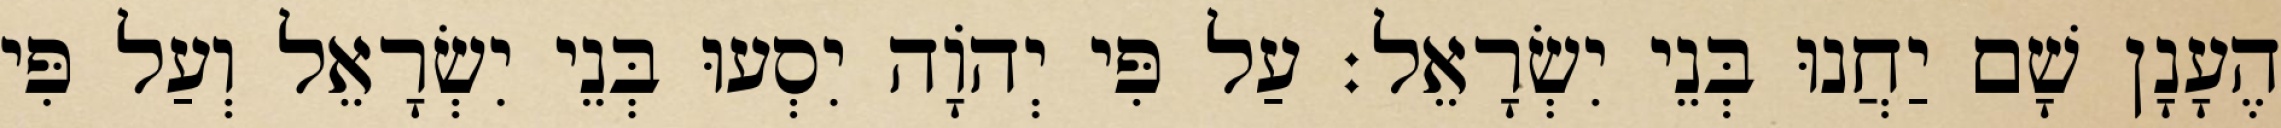
הֶעָנָן שָׁם יַחֲנוּ בְּנֵי יִשְׂרָאֵל׃ עַל פִּי יְהֹוָה יִסְעוּ בְּנֵי יִשְׂרָאֵל וְעַל פִּי